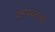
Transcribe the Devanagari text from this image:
कर्मपथतत्पर